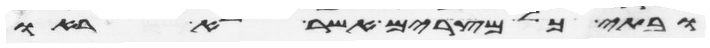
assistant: ובתי כל מצרים אשר לא ראו